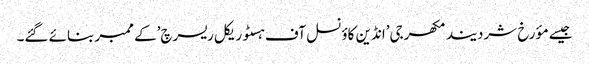
جیسے مؤرخ شردیند مکھرجی’انڈین کاؤنسل آف ہسٹوریکل ریسرچ’کے ممبر بنائے گئے۔